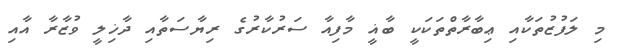
މި ލަފުޒުތަކާއި ޢިބާރާތްތަކަކީ ބާޣީ މާފިއާ ސަރުކާރުގެ ރިޔާސަތާއި ދާޚިލީ ވުޒާރާ އާއި